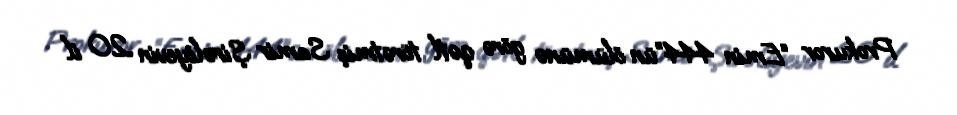
Prokuror “Emin 444”ün ölümünə görə qətl törətmiş Samir Şirəliyevin 20 il